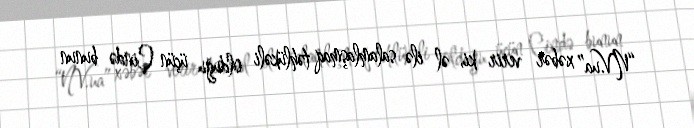
“NV.ua” xəbər verir ki, əl ilə salamlaşmaq təhlükəli olduğu üçün Çində bunun